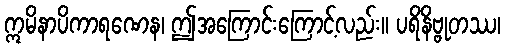
ဣမိနာပိကာရဏေန၊ ဤအကြောင်းကြောင့်လည်း။ ပရိနိဗ္ဗုတဿ၊